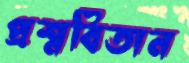
প্রশ্নবিতান